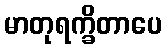
မာတုရက္ခိတာပေ